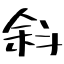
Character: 斜